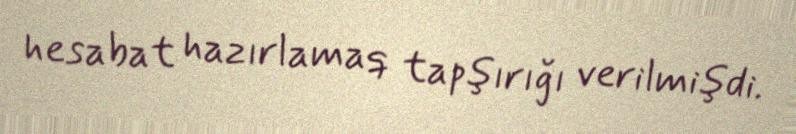
hesabat hazırlamaq tapşırığı verilmişdi.